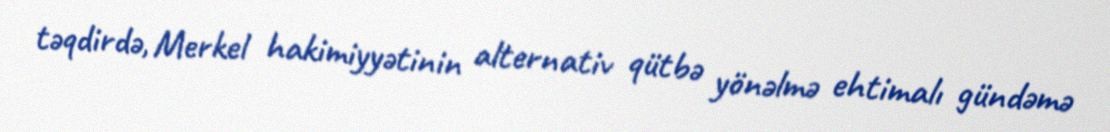
təqdirdə, Merkel hakimiyyətinin alternativ qütbə yönəlmə ehtimalı gündəmə